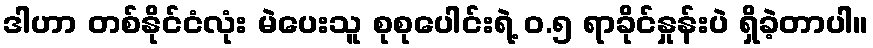
ဒါဟာ တစ်နိုင်ငံလုံး မဲပေးသူ စုစုပေါင်းရဲ့ ၀.၅ ရာခိုင်နှုန်းပဲ ရှိခဲ့တာပါ။